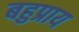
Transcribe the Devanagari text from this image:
बहुप्राय